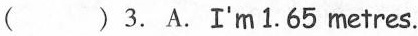
( )3.A.I'm 1.65 metres.